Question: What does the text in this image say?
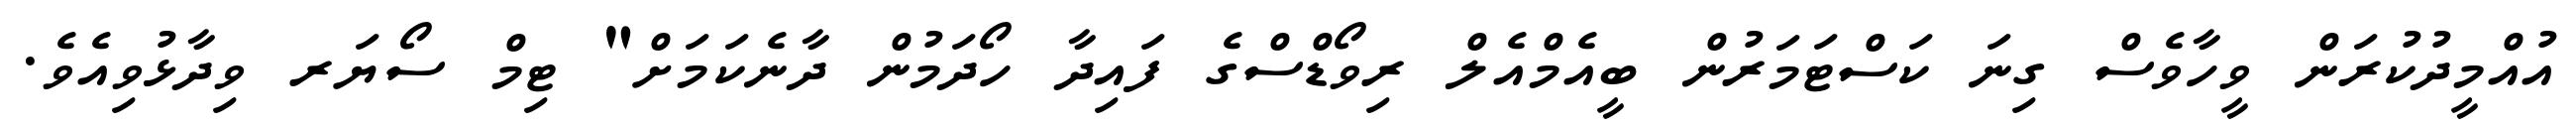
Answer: އުއްމީދުކުރަން ވީހާވެސް ގިނަ ކަސްޓަމަރުން ބީއެމްއެލް ރިވޯޑްސްގެ ފައިދާ ހޯދަމުން ދާނެކަމަށް" ޓިމް ސޯޔަރ ވިދާޅުވިއެވެ.